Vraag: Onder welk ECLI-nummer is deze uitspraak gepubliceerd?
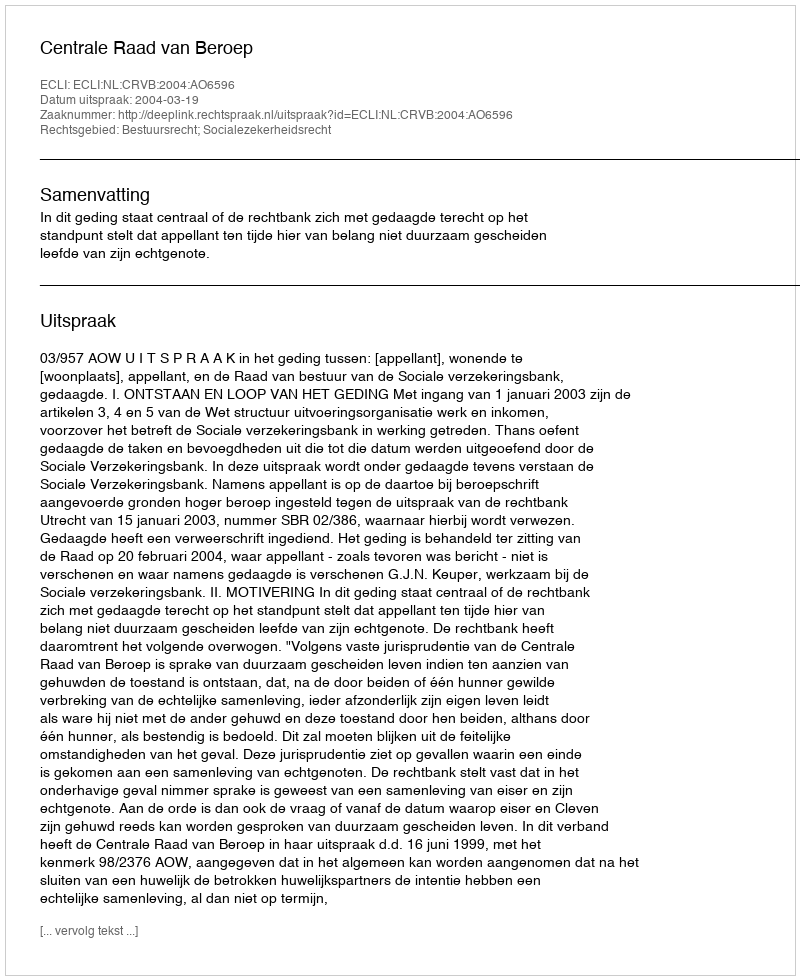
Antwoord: ECLI:NL:CRVB:2004:AO6596